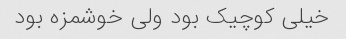
خیلی کوچیک بود ولی خوشمزه بود